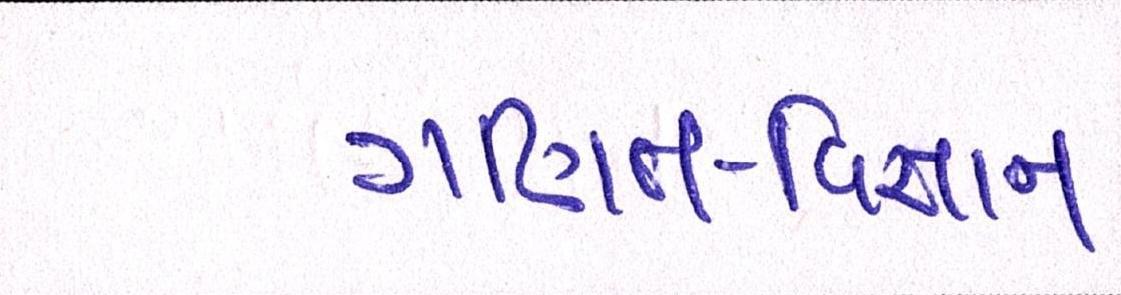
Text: ગણિત-વિજ્ઞાન